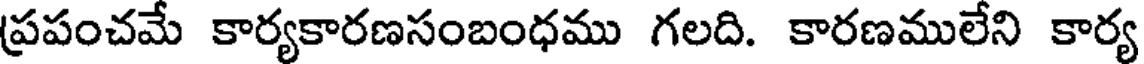
ప్రపంచమే కార్యకారణసంబంధము గలది. కారణములేని కార్య